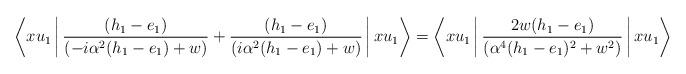
LaTeX: \begin{align*}\left\langle x u_1\,\bigg|\,\frac{(h_{1}-e_{1})}{ (-i\alpha^2(h_{1}-e_{1})+w)} + \frac{(h_{1}-e_{1})}{ (i\alpha^2(h_{1}-e_{1})+w)}\,\bigg|\, x u_{1}\right\rangle = \left\langle x u_1\,\bigg|\,\frac{2 w (h_{1}-e_{1})}{ (\alpha^4(h_{1}-e_{1})^2+w^2)} \,\bigg|\, x u_{1}\right\rangle \end{align*}